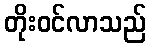
တိုးဝင်လာသည်